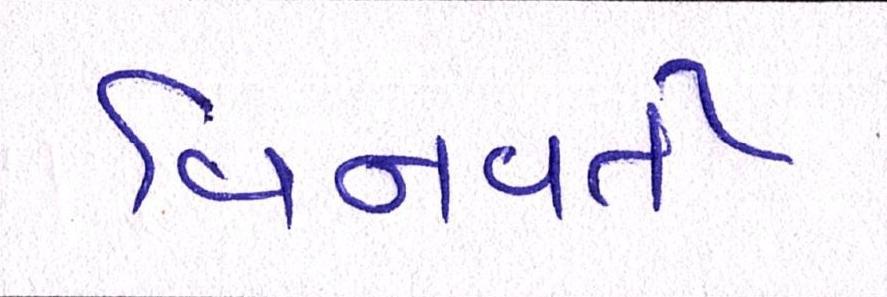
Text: વિનવતી